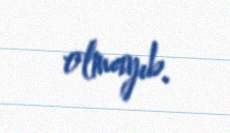
olmayıb.